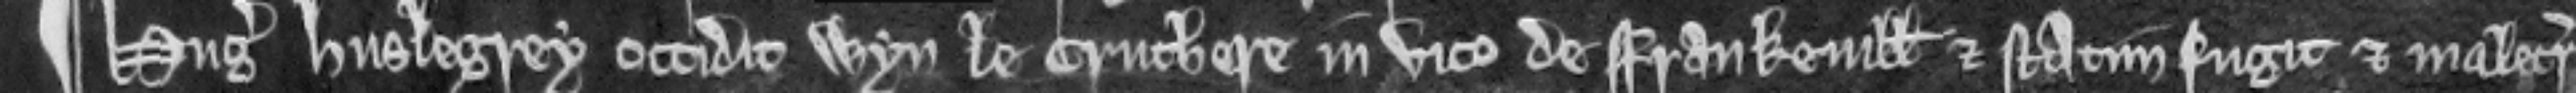
¶ Hugo Huslegrey occidit Wyn le Cruchere in vico de Frankevill et statim fugit et malecreditur.